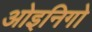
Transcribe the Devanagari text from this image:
ओइनिगो